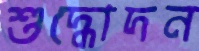
শুদ্ধোদন